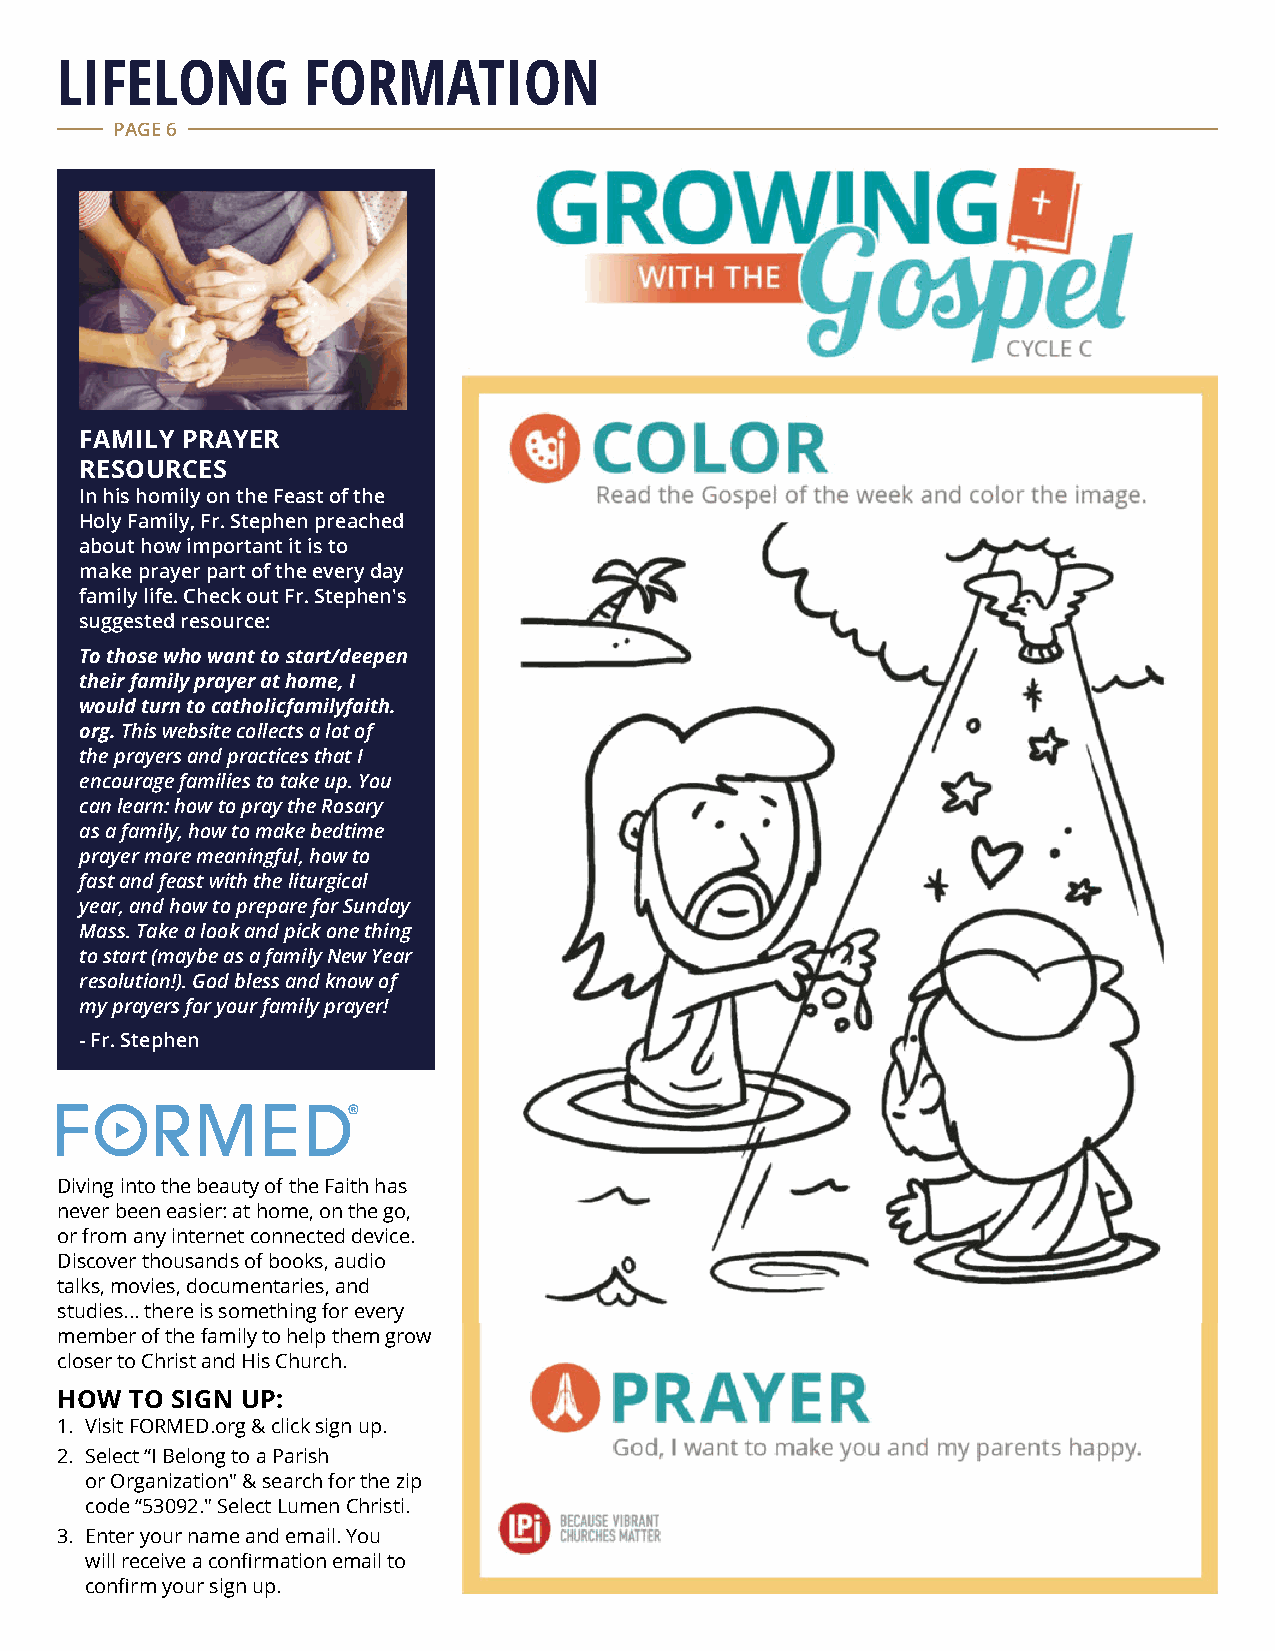
LIFELONG        FORMATION
 PAGE 6
 FAMILY PRAYER
 RESOURCES
 In his homily on the Feast of the
 Holy Family, Fr. Stephen preached
 about how important it is to
 make prayer part of the every day
 family life. Check out Fr. Stephen's
 suggested resource:
 To those who want to start/deepen
 their family prayer at home, I
 would turn to catholicfamilyfaith.
 org. This website collects a lot of
 the prayers and practices that I
 encourage families to take up. You
 can learn: how to pray the Rosary
 as a family, how to make bedtime
 prayer more meaningful, how to
 fast and feast with the liturgical
 year, and how to prepare for Sunday
 Mass. Take a look and pick one thing
 to start (maybe as a family New Year
 resolution!). God bless and know of
 my prayers for your family prayer!
 - Fr. Stephen
 Diving into the beauty of the Faith has
 never been easier: at home, on the go,
 or from any internet connected device.
 Discover thousands of books, a udio
 talks, movies, documentaries, a nd
 studies... there is something f or every
 member of the f amily to help them grow
 closer to Christ and His Church.
 HOW  TO SIGN UP:
 1. Visit FORMED.org & click sign up.
 2. Select “I Belong to a Parish
 or Organization" & search for the zip
 code “53092." Select Lumen Christi.
 3. Enter your name and email. You
 will receive a confirmation email to
 confirm your sign up.